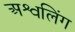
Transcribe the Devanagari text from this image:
अश्वलिंग